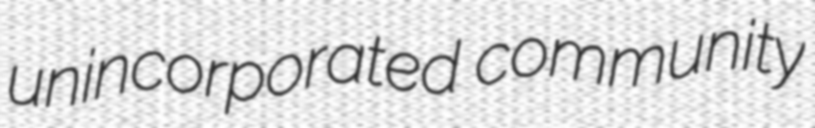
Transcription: unincorporated community